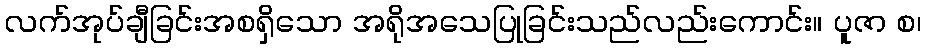
လက်အုပ်ချီခြင်းအစရှိသော အရိုအသေပြုခြင်းသည်လည်းကောင်း။ ပူဇာ စ၊